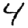
Digit: 4